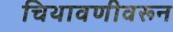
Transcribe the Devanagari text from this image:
चिथावणीवरून